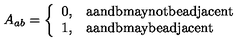
A _ { a b } = \left\{ \begin{array} { l l } { 0 , } & { \mathrm { a a n d b m a y n o t b e a d j a c e n t } } \\ { 1 , } & { \mathrm { a a n d b m a y b e a d j a c e n t } } \\ \end{array} \right.